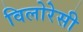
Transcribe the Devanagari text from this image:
विलोरेसी